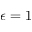
\epsilon = 1